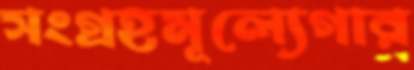
সংগ্রহমূল্যেগার